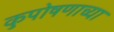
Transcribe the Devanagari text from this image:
कुपोषणाच्या